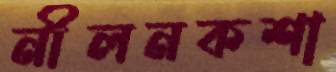
নীলনকশা